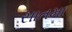
સાતમા